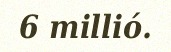
6 millió.